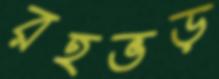
রহভড়